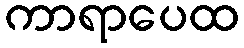
ကာရာပေထ